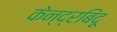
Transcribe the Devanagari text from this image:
केन्द्रबिंदू